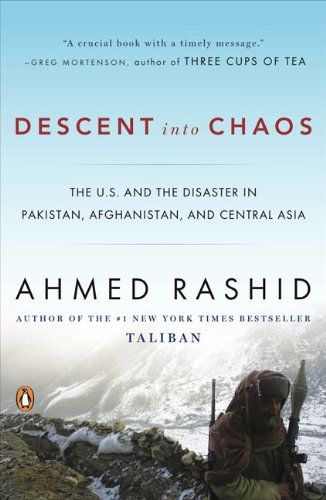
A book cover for Descent into Chaos: The U.S. and the Disaster in Pakistan, Afghanistan, and Central Asia; Ahmed Rashid; History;